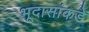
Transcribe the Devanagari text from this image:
भूदासांकडे